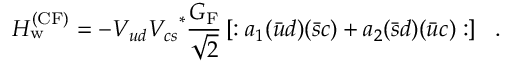
{ \cal H } _ { \mathrm { w } } ^ { \mathrm { ( C F ) } } = - V _ { u d } { V _ { c s } } ^ { * } { \frac { G _ { \mathrm { F } } } { \sqrt { 2 } } } \left[ : a _ { 1 } ( { \bar { u } } d ) ( { \bar { s } } c ) + a _ { 2 } ( { \bar { s } } d ) ( { \bar { u } } c ) : \right] \ \ .